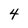
Character: 4